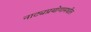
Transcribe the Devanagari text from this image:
नाट्यप्रयोगामधील